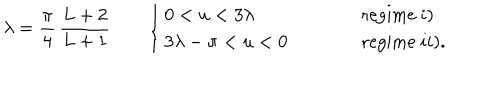
\lambda = \frac { \pi } { 4 } \, \frac { L + 2 } { L + 1 } \qquad \left\{ \begin{array} { l l l } { { 0 < u < 3 \lambda } } & { { \qquad } } & { { \mathrm { r e g i m e ~ } i ) } } \\ { { 3 \lambda - \pi < u < 0 } } & { { \qquad } } & { { \mathrm { r e g i m e ~ } i i ) . } } \\ \end{array} \right.